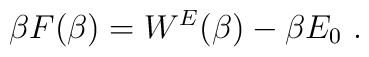
\beta F(\beta)=W^E(\beta)-\beta E_0~.